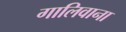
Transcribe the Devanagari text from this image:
गालिवाना